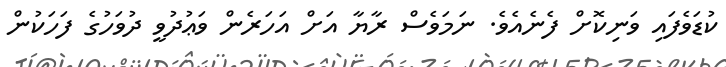
ކުޑަވެފައި ވަނިކޮށް ފެނެއެވެ. ނަމަވެސް ރާޔާ އަށް އަހަރެން ވަޢުދުވީ ދުވަހުގެ ފަހަކުން